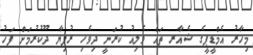
މިހާރު އެމްޑީޕީގެ ޝެއާރ ތައް ވެލިއު ކުރަނީ ދިވެހި ރުފިޔާ ދޫކުރުމަށް ފަހު